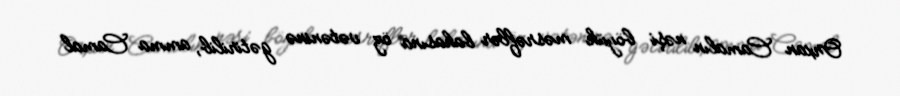
Orxan Camalın nəşi böyük məsrəflər bahasına öz vətəninə gətirilib, amma Camal